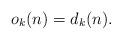
LaTeX: \begin{align*}o_{k}(n) = d_{k}(n).\end{align*}